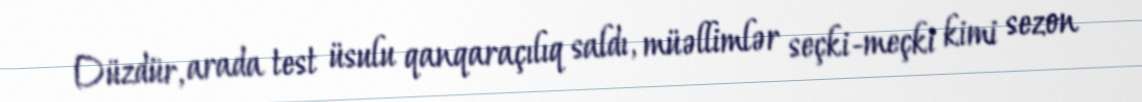
Düzdür, arada test üsulu qanqaraçılıq saldı, müəllimlər seçki-meçki kimi sezon